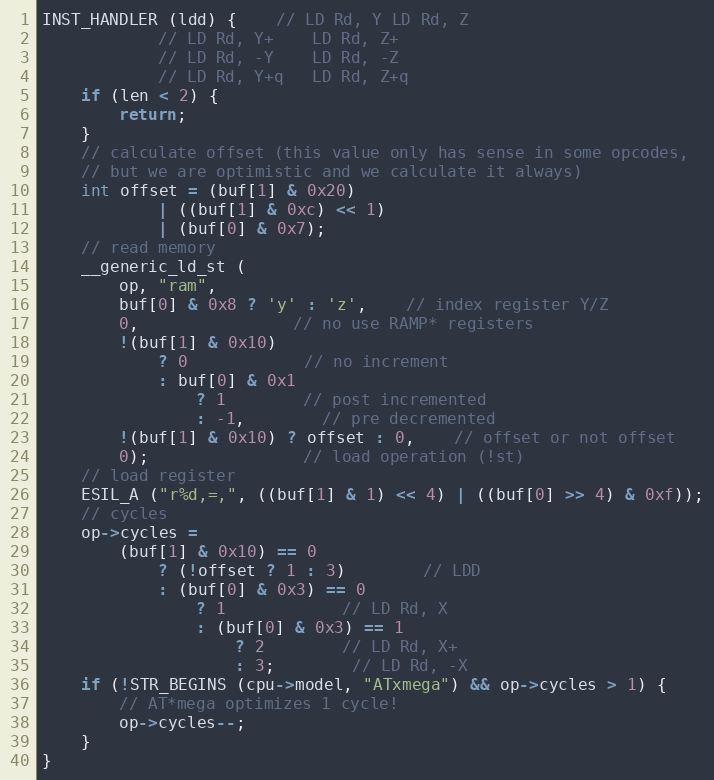
Language: C
INST_HANDLER (ldd) {	// LD Rd, Y	LD Rd, Z
			// LD Rd, Y+	LD Rd, Z+
			// LD Rd, -Y	LD Rd, -Z
			// LD Rd, Y+q	LD Rd, Z+q
	if (len < 2) {
		return;
	}
	// calculate offset (this value only has sense in some opcodes,
	// but we are optimistic and we calculate it always)
	int offset = (buf[1] & 0x20)
			| ((buf[1] & 0xc) << 1)
			| (buf[0] & 0x7);
	// read memory
	__generic_ld_st (
		op, "ram",
		buf[0] & 0x8 ? 'y' : 'z',	// index register Y/Z
		0,				// no use RAMP* registers
		!(buf[1] & 0x10)
			? 0			// no increment
			: buf[0] & 0x1
				? 1		// post incremented
				: -1,		// pre decremented
		!(buf[1] & 0x10) ? offset : 0,	// offset or not offset
		0);				// load operation (!st)
	// load register
	ESIL_A ("r%d,=,", ((buf[1] & 1) << 4) | ((buf[0] >> 4) & 0xf));
	// cycles
	op->cycles =
		(buf[1] & 0x10) == 0
			? (!offset ? 1 : 3)		// LDD
			: (buf[0] & 0x3) == 0
				? 1			// LD Rd, X
				: (buf[0] & 0x3) == 1
					? 2		// LD Rd, X+
					: 3;		// LD Rd, -X
	if (!STR_BEGINS (cpu->model, "ATxmega") && op->cycles > 1) {
		// AT*mega optimizes 1 cycle!
		op->cycles--;
	}
}